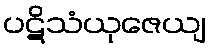
ပဋိသံယုဇေယျ